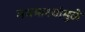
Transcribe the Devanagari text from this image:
मधमाश्यांमुळे